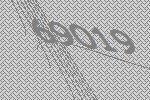
69019